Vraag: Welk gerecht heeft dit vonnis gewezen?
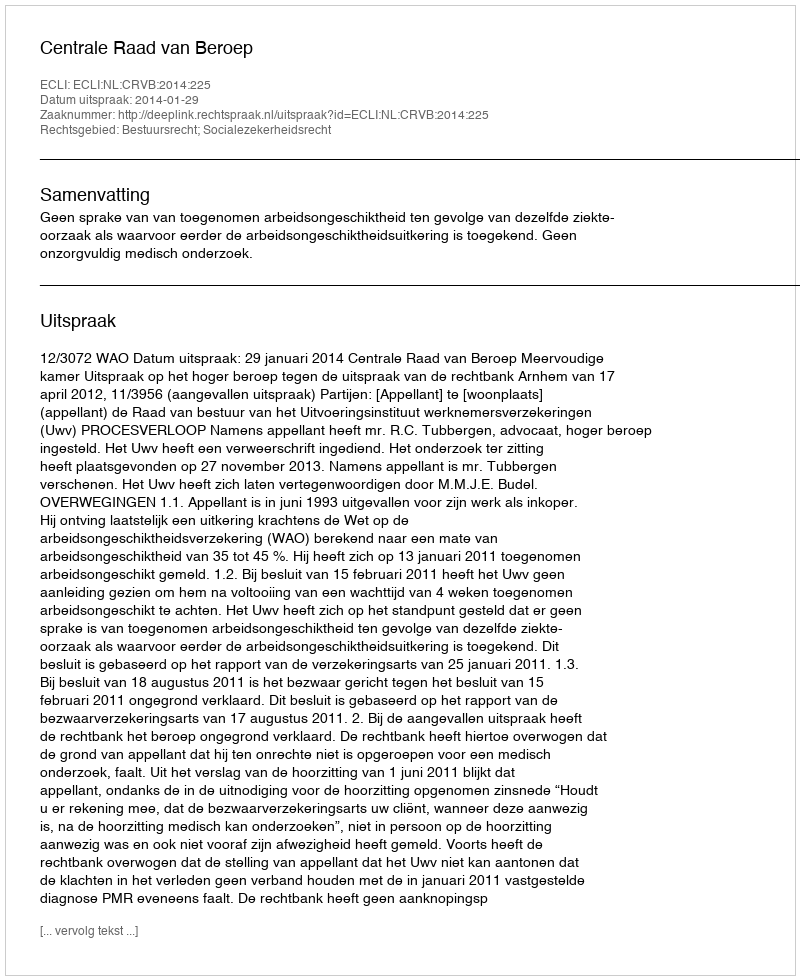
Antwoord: Centrale Raad van Beroep